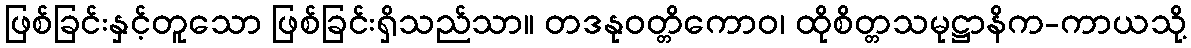
ဖြစ်ခြင်းနှင့်တူသော ဖြစ်ခြင်းရှိသည်သာ။ တဒနုဝတ္တိကောဝ၊ ထိုစိတ္တသမုဋ္ဌာနိက-ကာယသို့